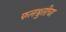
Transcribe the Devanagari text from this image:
फलश्रुतीचा